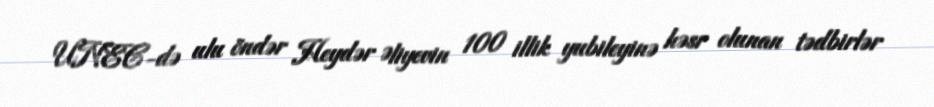
UNEC-də ulu öndər Heydər Əliyevin 100 illik yubileyinə həsr olunan tədbirlər